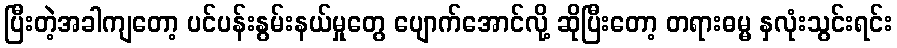
ပြီးတဲ့အခါကျတော့ ပင်ပန်းနွမ်းနယ်မှုတွေ ပျောက်အောင်လို့ ဆိုပြီးတော့ တရားဓမ္မ နှလုံးသွင်းရင်း